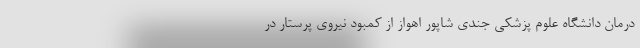
درمان دانشگاه علوم پزشکی جندی شاپور اهواز از کمبود نیروی پرستار در